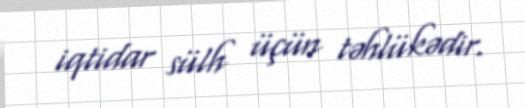
iqtidar sülh üçün təhlükədir.